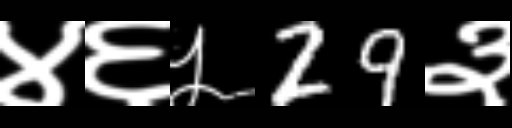
Text: ४६५29३